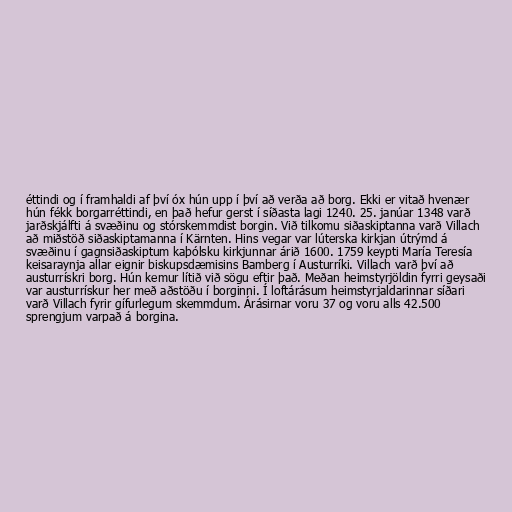
éttindi og í framhaldi af því óx hún upp í því að verða að borg. Ekki er vitað hvenær
hún fékk borgarréttindi, en það hefur gerst í síðasta lagi 1240. 25. janúar 1348 varð
jarðskjálfti á svæðinu og stórskemmdist borgin. Við tilkomu siðaskiptanna varð Villach
að miðstöð siðaskiptamanna í Kärnten. Hins vegar var lúterska kirkjan útrýmd á
svæðinu í gagnsiðaskiptum kaþólsku kirkjunnar árið 1600. 1759 keypti María Teresía
keisaraynja allar eignir biskupsdæmisins Bamberg í Austurríki. Villach varð því að
austurrískri borg. Hún kemur lítið við sögu eftir það. Meðan heimstyrjöldin fyrri geysaði
var austurrískur her með aðstöðu í borginni. Í loftárásum heimstyrjaldarinnar síðari
varð Villach fyrir gífurlegum skemmdum. Árásirnar voru 37 og voru alls 42.500
sprengjum varpað á borgina.